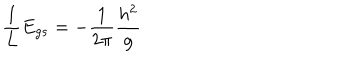
{ \frac { 1 } { L } } E _ { g s } = - { \frac { 1 } { 2 \pi } } { \frac { h ^ { 2 } } { g } }